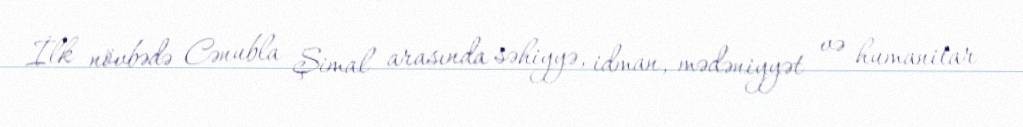
İlk növbədə Cənubla Şimal arasında səhiyyə, idman, mədəniyyət və humanitar